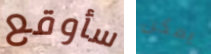
سأوقع يمكن